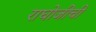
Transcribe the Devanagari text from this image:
राघोजीची